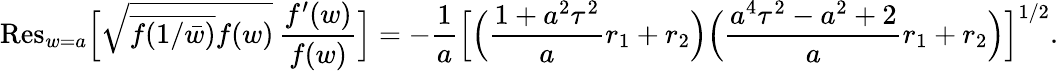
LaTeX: \textup{Res}_{w=a}\Big[\sqrt{\overline{{f(1/\bar{w})}}f(w)}\, \frac{f^{\prime}(w)}{f(w)}\Big]=-\frac{1}{a}\Big[\Big(\frac{1+a^{2}\tau^{2}}{a}r_{1}+r_{2}\Big)\Big(\frac{a^{4}\tau^{2}-a^{2}+2}{a}r_{1}+r_{2}\Big)\Big]^{1/2}.